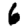
Digit: 6